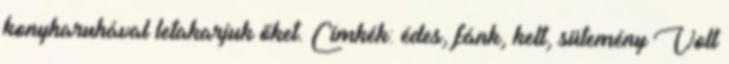
konyharuhával letakarjuk őket. Címkék: édes, fánk, kelt, sütemény Volt